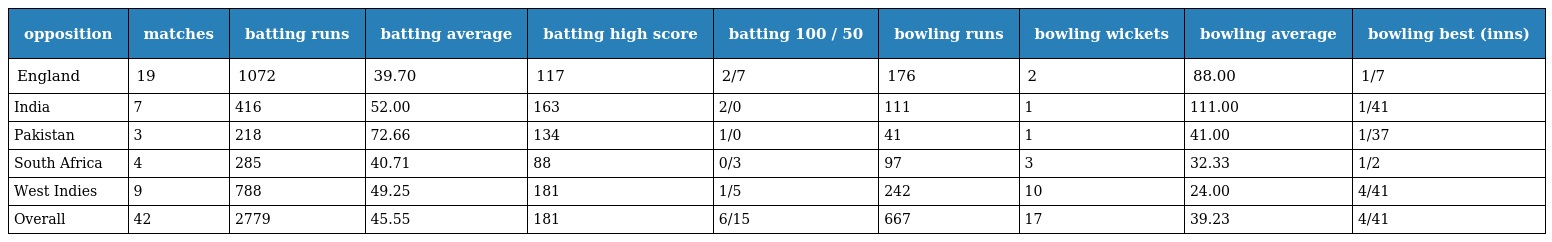
| opposition | matches | batting runs | batting average | batting high score | batting 100 / 50 | bowling runs | bowling wickets | bowling average | bowling best (inns) |
 | --- | --- | --- | --- | --- | --- | --- | --- | --- | --- |
 | England | 19 | 1072 | 39.70 | 117 | 2/7 | 176 | 2 | 88.00 | 1/7 |
 | India | 7 | 416 | 52.00 | 163 | 2/0 | 111 | 1 | 111.00 | 1/41 |
 | Pakistan | 3 | 218 | 72.66 | 134 | 1/0 | 41 | 1 | 41.00 | 1/37 |
 | South Africa | 4 | 285 | 40.71 | 88 | 0/3 | 97 | 3 | 32.33 | 1/2 |
 | West Indies | 9 | 788 | 49.25 | 181 | 1/5 | 242 | 10 | 24.00 | 4/41 |
 | Overall | 42 | 2779 | 45.55 | 181 | 6/15 | 667 | 17 | 39.23 | 4/41 |